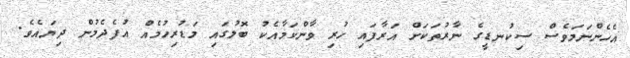
އެހެންނަމަވެސް ސިކުނޑީގެ ނާރުތަކަށް އަރާފައި ހުރި ވާންކަމާއެކު ބޮލުގައި މަޑުރިހުމެއް އުފެދެމުން ދިޔައެވެ.